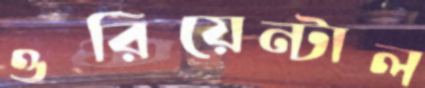
ওরিয়েন্টাল